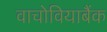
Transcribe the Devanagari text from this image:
वाचोवियाबैंक